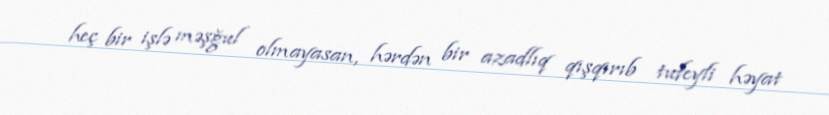
heç bir işlə məşğul olmayasan, hərdən bir azadlıq qışqırıb tufeyli həyat